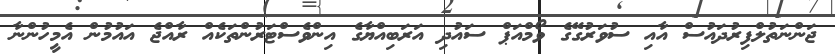
ޖަންނަތުލްފިރުދައުސް އާއި ސުވަރުގޭގެ ވޯމްއަޕް ސައުދި އަރަބިއްޔާގެ އިންވެސްޓަރުންތަކެއް ރާއްޖެ އައުމުން އެމީހުންނާ